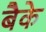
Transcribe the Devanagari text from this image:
बैके